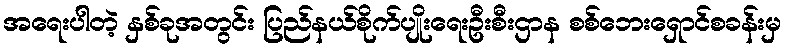
အရေးပါတဲ့ နှစ်ခုအတွင်း ပြည်နယ်စိုက်ပျိုးရေးဦးစီးဌာန စစ်ဘေးရှောင်စခန်းမှ